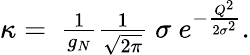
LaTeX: \begin{array}{r}{\kappa=\ \frac{1}{g_{N}}\frac{1}{\sqrt{2\pi}}\ \sigma\ e^{-\frac{Q^{2}}{2\sigma^{2}}}.}\end{array}